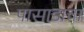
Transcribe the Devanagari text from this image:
पासाडाचा